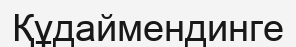
Құдаймендинге